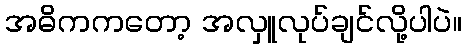
အဓိကကတော့ အလှူလုပ်ချင်လို့ပါပဲ။